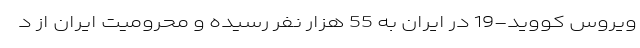
ویروس کووید-19 در ایران به 55 هزار نفر رسیده و محرومیت ایران از د